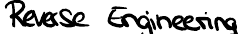
Reverse Engineering